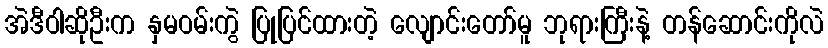
အဲဒီဝါဆိုဦးက နှမဝမ်းကွဲ ပြုပြင်ထားတဲ့ လျောင်းတော်မူ ဘုရားကြီးနဲ့ တန်ဆောင်းကိုလဲ